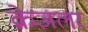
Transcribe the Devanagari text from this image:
क्रेजलर